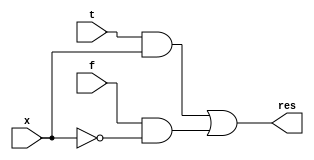
module multiplexer(
  input x, t, f,
  output res
  );
  
  assign res = (t & x) || (f & (~x));
endmodule